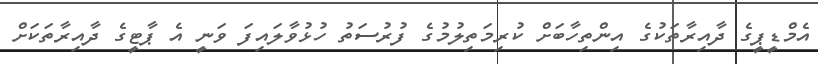
އެމްޑީޕީގެ ދާއިރާތަކުގެ އިންތިހާބަށް ކުރިމަތިލުމުގެ ފުރުސަތު ހުޅުވާލައިފަ ވަނީ އެ ޕާޓީގެ ދާއިރާތަކަށް